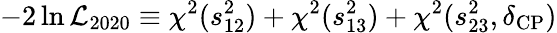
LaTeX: -2\ln\mathcal{L}_{2020}\equiv\chi^{2}(s_{12}^{2})+\chi^{2}(s_{13}^{2})+\chi^{2}(s_{23}^{2},\delta_{\mathrm{CP}})